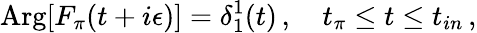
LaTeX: \mathrm{Arg}[F_{\pi}(t+i\epsilon)]=\delta_{1}^{1}(t)\, ,\quad t_{\pi}\le t\le t_{in}\, ,